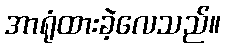
အာရုံထားခဲ့လေသည်။